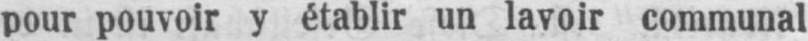
pour pouvoir y établir un lavoir communal